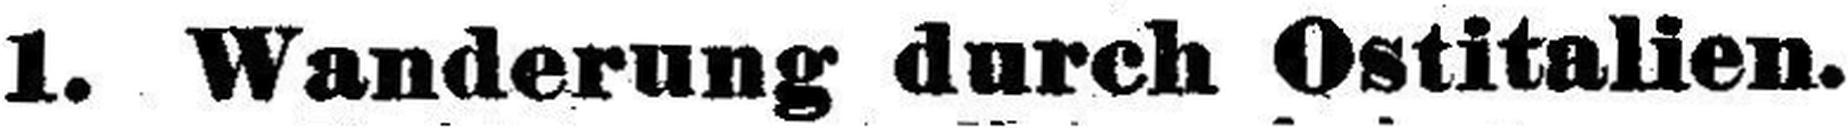
1. Wanderung durch Ostitalien.